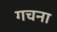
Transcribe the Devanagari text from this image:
गचना